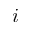
i